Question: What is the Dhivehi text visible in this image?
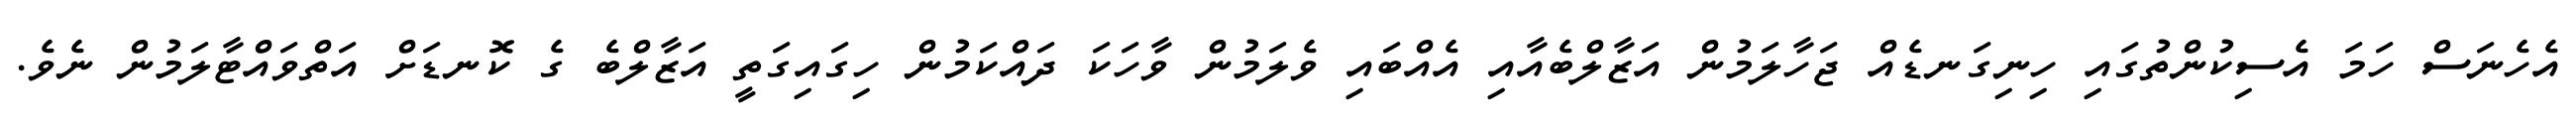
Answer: އެހެނަސް ހަމަ އެސިކުންތުގައި ހިނިގަނޑެއް ޖަހާލަމުން އަޒާލްބެއާއި އެއްބައި ވެލަމުން ވާހަކަ ދައްކަމުން ހިގައިގަތީ އަޒާލްބެ ގެ ކޮނޑަށް އަތްވައްޓާލަމުން ނެވެ.